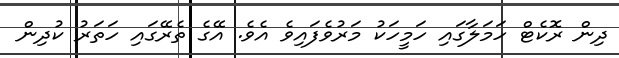
ދިން ރޮކެޓް ހަމަލާގައި ހަމީހަކު މަރުވެފައިވެ އެވެ. އޭގެ ތެރޭގައި ހަތަރު ކުދިން